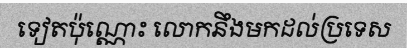
ទៀតប៉ុណ្ណោះ លោកនឹងមកដល់ប្រទេស